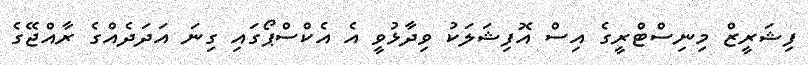
ފިޝަރީޒް މިނިސްޓްރީގެ އިސް އޮފިޝަލަކު ވިދާޅުވީ އެ އެކްސްޕޯގައި ގިނަ އަދަދެއްގެ ރާއްޖޭގެ